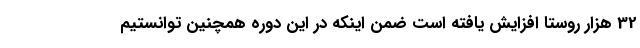
32 هزار روستا افزایش یافته است ضمن اینکه در این دوره همچنین توانستیم